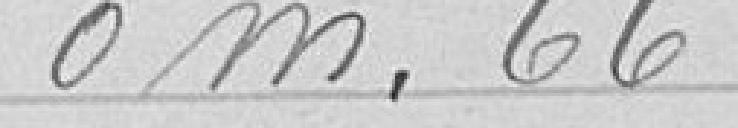
O mètre 66